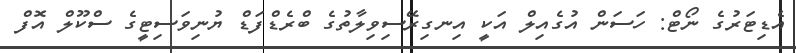
އެޑިޓަރުގެ ނޯޓް: ހަސަން އުގެއިލް އަކީ އިނގިރޭސިވިލާތުގެ ބްރެޑްފަޑް ޔުނިވަސިޓީގެ ސްކޫލް އޮފް